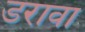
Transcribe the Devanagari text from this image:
डरावा